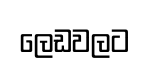
ලෙඩවලට